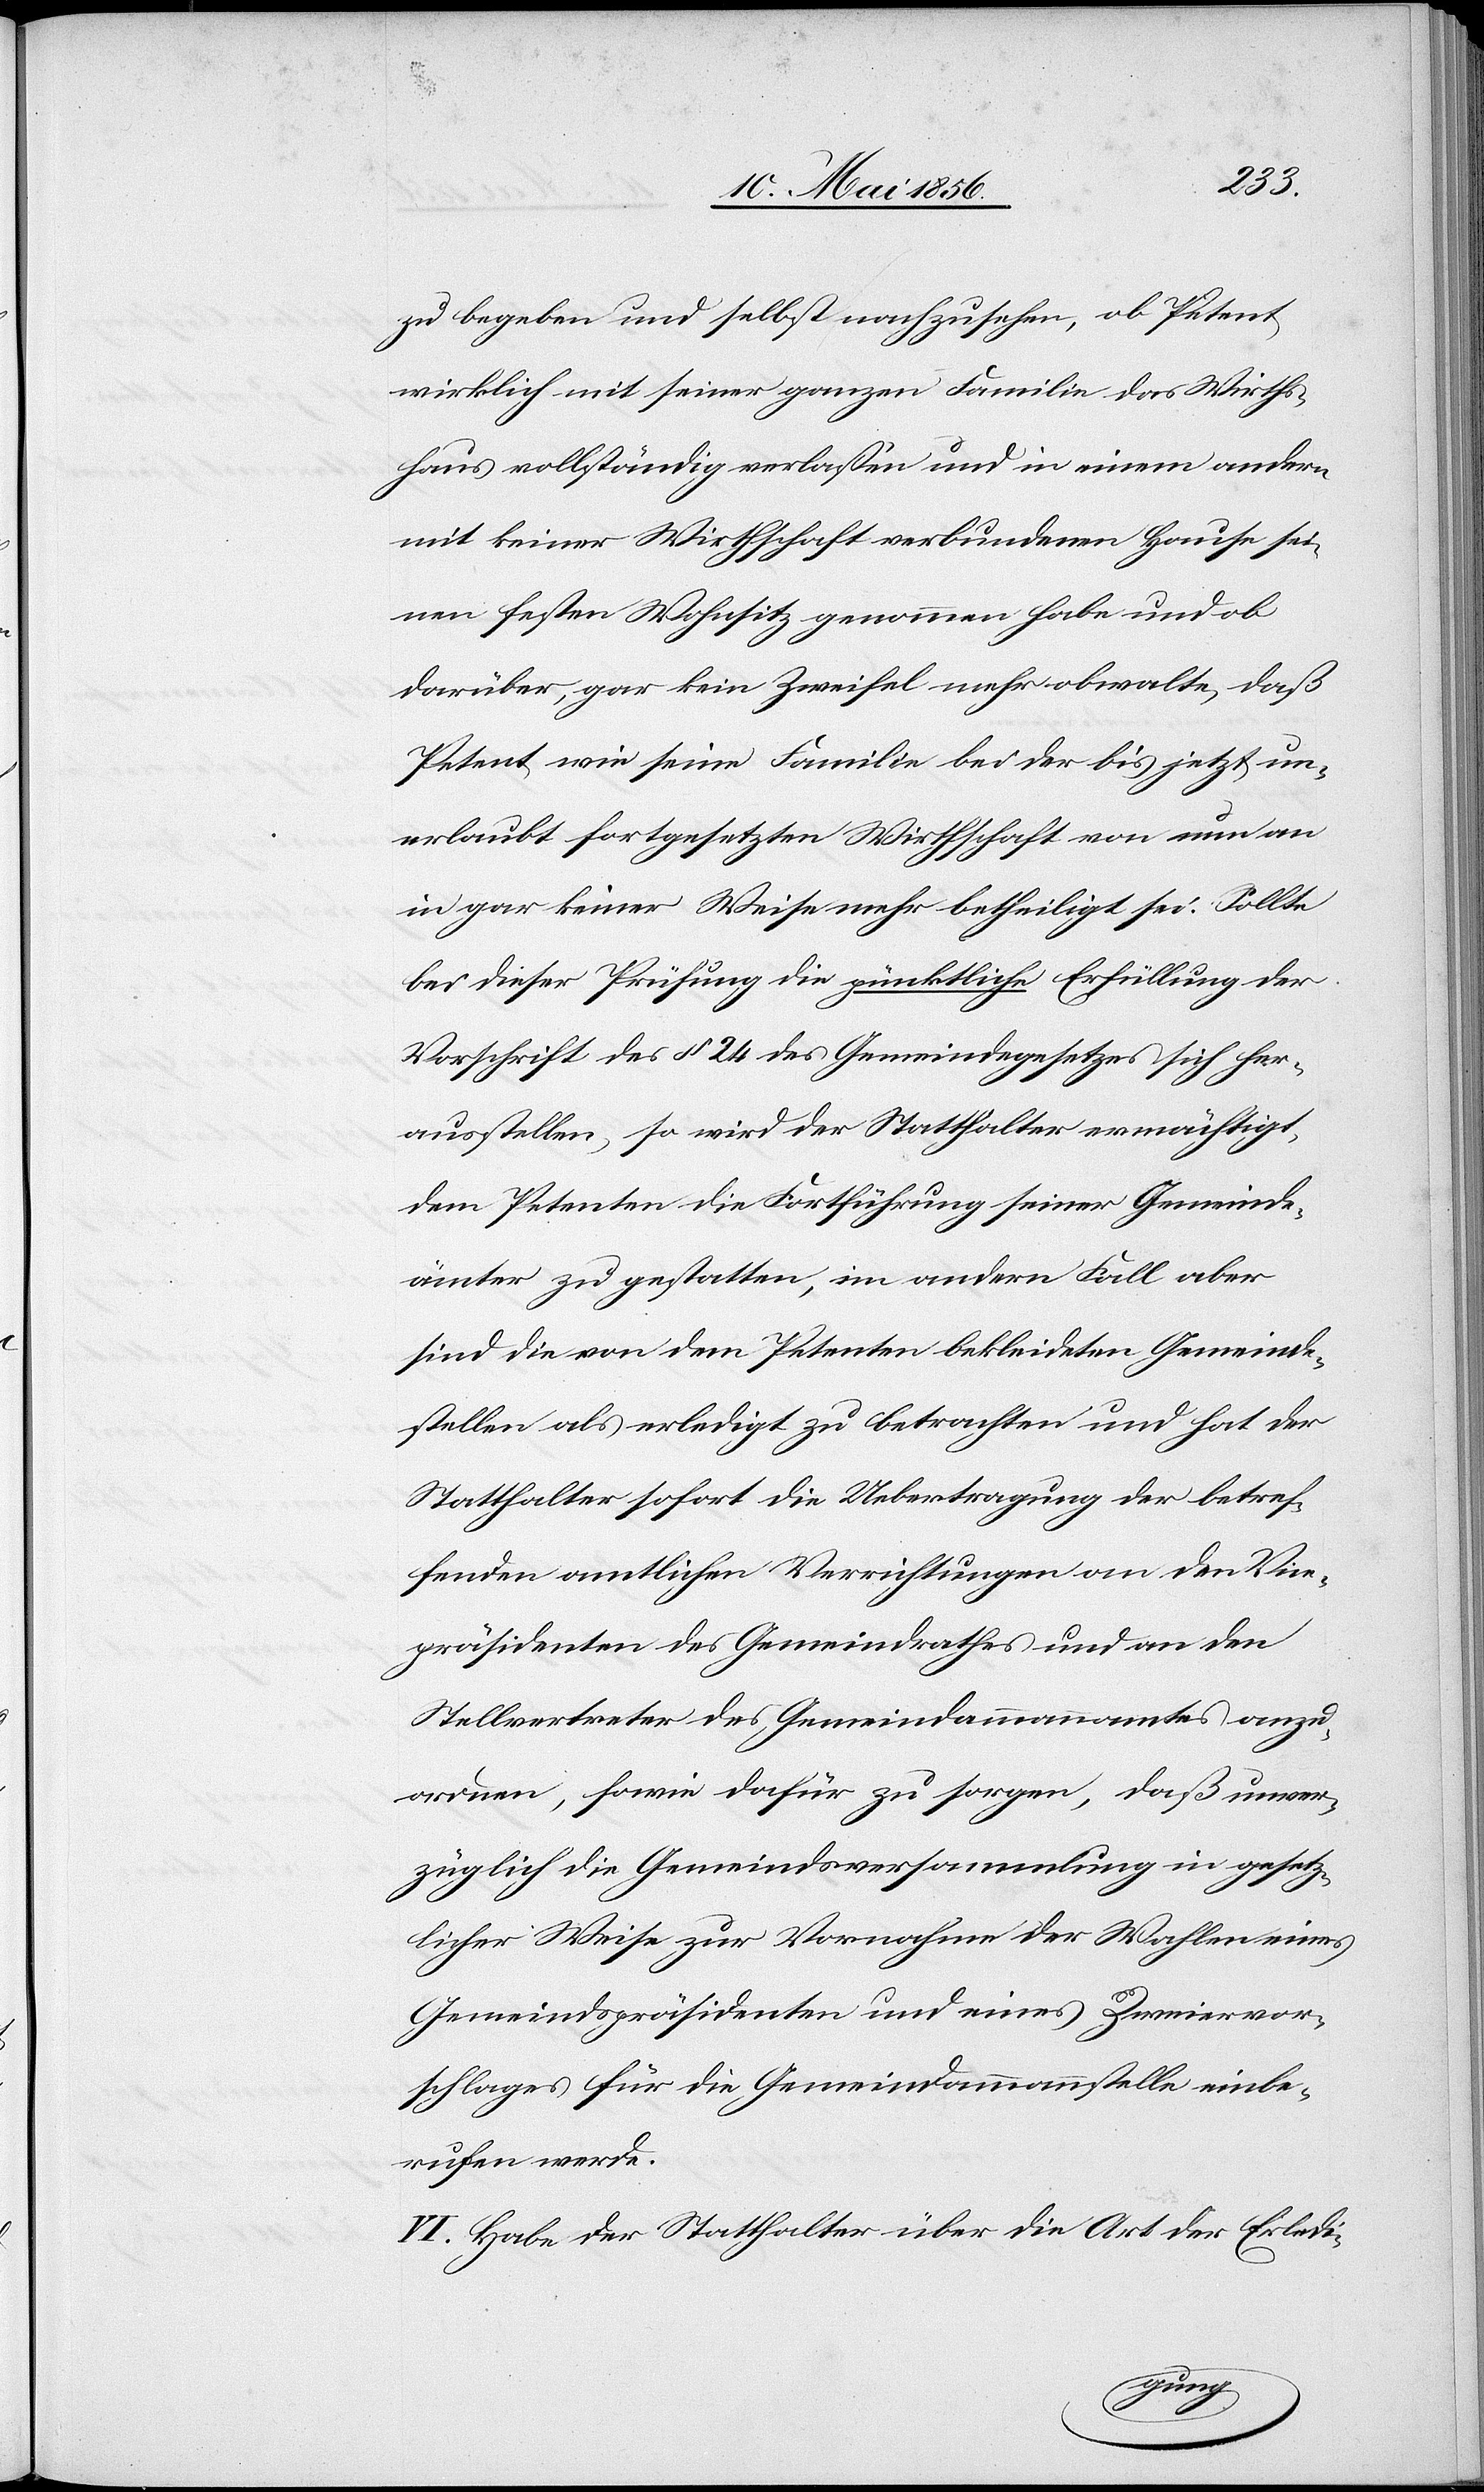
zu begeben und selbst nachzusehen, ob Petent
wirklich mit seiner ganzen Familie das Wirths¬
haus vollständig verlassen und in einem andern
mit keiner Wirthschaft verbundenen Hause sei¬
nen festen Wohnsitz genommen habe und ob
darüber, gar kein Zweifel mehr obwalte, daß
Petent wie seine Familie bei der bis jetzt un¬
erlaubt fortgesetzten Wirthschaft von nun an
in gar keiner Weise mehr betheiligt sei. Sollte
bei dieser Prüfung die pünktliche Erfüllung der
Vorschrift des § 24 des Gemeindegesetzes sich her¬
ausstellen, so wird der Statthalter ermächtigt,
dem Petenten die Fortführung seiner Gemeinde¬
ämter zu gestatten, im andern Fall aber
sind die von dem Petenten bekleideten Gemeinde¬
stellen als erledigt zu betrachten und hat der
Statthalter sofort die Uebertragung der betref¬
fenden amtlichen Verrichtungen an den Vice¬
präsidenten des Gemeindrathes und an den
Stellvertreter des Gemeindammannamtes anzu¬
ordnen, sowie dafür zu sorgen, daß unver¬
züglich die Gemeindsversammlung in gesetz¬
licher Weise zur Vornahme der Wahlen eines
Gemeindspräsidenten und eines Zweiervor¬
schlages für die Gemeindammannstelle einbe¬
rufen werde.
VI. Habe der Statthalter über die Art der Erledi-